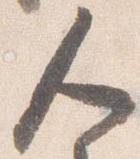
人